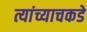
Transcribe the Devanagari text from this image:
त्यांच्याचकडे